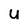
Character: U